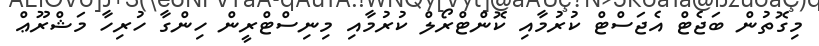
މިގޮތުން ބަޖެޓް އެޖަސްޓް ކުރުމާއި ކޮންޓްރޯލް ކުރުމާއި މިނިސްޓްރީން ހިންގާ ހުރިހާ މަޝްރޫޢް